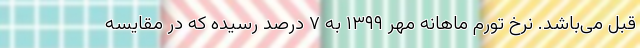
قبل می‌باشد. نرخ تورم ماهانه مهر ١٣٩٩ به ٧ درصد رسیده که در مقایسه